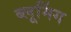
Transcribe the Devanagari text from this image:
ब्लूमिंग